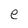
Character: e